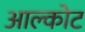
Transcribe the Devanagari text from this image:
आल्कोट